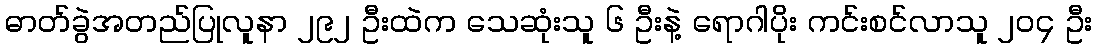
ဓာတ်ခွဲအတည်ပြုလူနာ ၂၉၂ ဦးထဲက သေဆုံးသူ ၆ ဦးနဲ့ ရောဂါပိုး ကင်းစင်လာသူ ၂၀၄ ဦး